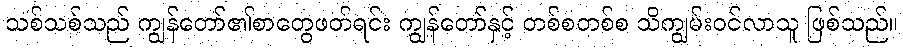
သစ်သစ်သည် ကျွန်တော်၏စာတွေဖတ်ရင်း ကျွန်တော်နှင့် တစ်စတစ်စ သိကျွမ်းဝင်လာသူ ဖြစ်သည်။